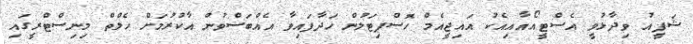
ޝަފީއު ވިދާޅުވީ އެސްޓީއޯއާއިއެކު އައިޖީއެމް ހޮސްޕިޓަލުން ހަދާފައިވާ އެއްބަސްވުން އާކުރުމަށް ހެލްތް މިނިސްޓްރީގައި